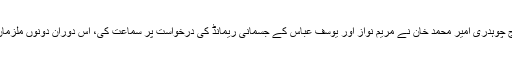
احتساب عدالت کے منتظم جج چوہدری امیر محمد خان نے مریم نواز اور یوسف عباس کے جسمانی ریمانڈ کی درخواست پر سماعت کی، اس دوران دونوں ملزمان کو عدالت میں پیش کیا گیا۔